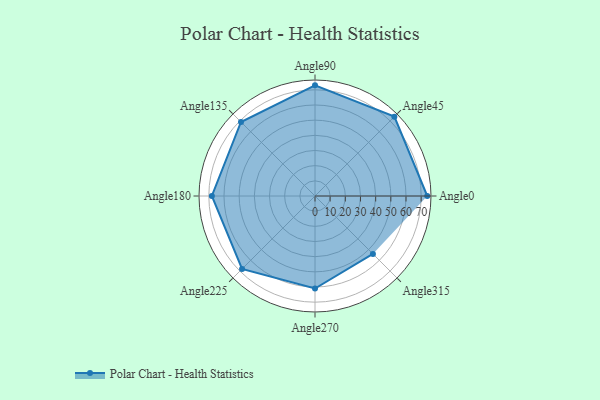
{"axis": {"x": "Angle", "y": "Radius"}, "legend": [""], "data": [{"x": "Angle0", "y": 74.0, "type": ""}, {"x": "Angle45", "y": 74.0, "type": ""}, {"x": "Angle90", "y": 73.0, "type": ""}, {"x": "Angle135", "y": 69.0, "type": ""}, {"x": "Angle180", "y": 68.0, "type": ""}, {"x": "Angle225", "y": 68.0, "type": ""}, {"x": "Angle270", "y": 61.0, "type": ""}, {"x": "Angle315", "y": 54.0, "type": ""}]}